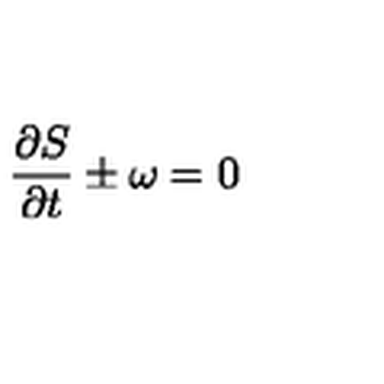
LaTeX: \frac { \partial S } { \partial t } \pm \omega = 0